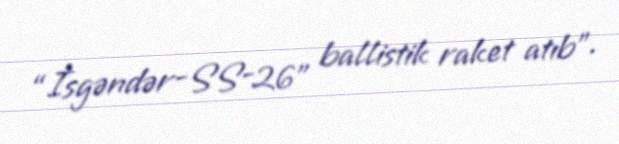
“İsgəndər-SS-26” ballistik raket atıb”.